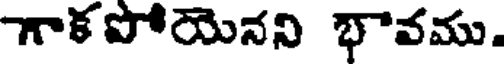
గాకపోయెనని భావము.